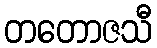
တတောဇသီ